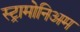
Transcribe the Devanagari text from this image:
स्ट्रामोनिअम